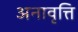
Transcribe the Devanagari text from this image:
अनावृत्ति